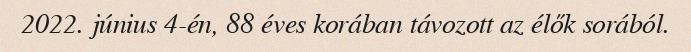
2022. június 4-én, 88 éves korában távozott az élők sorából.